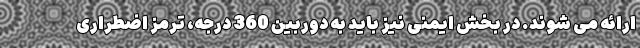
ارائه می شوند. در بخش ایمنی نیز باید به دوربین 360 درجه، ترمز اضطراری